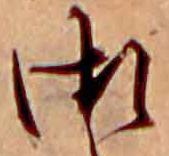
御